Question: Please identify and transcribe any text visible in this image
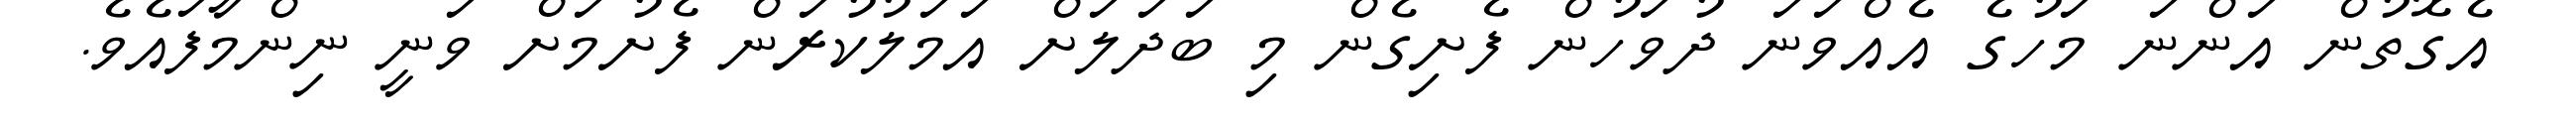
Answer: އެގޮތުން އަންނަ މަހުގެ އެއްވަނަ ދުވަހުން ފެށިގެން މި ބަދަލަށް އަމަލުކުރަން ފެށުމަށް ވަނީ ނިންމާފައެވެ.